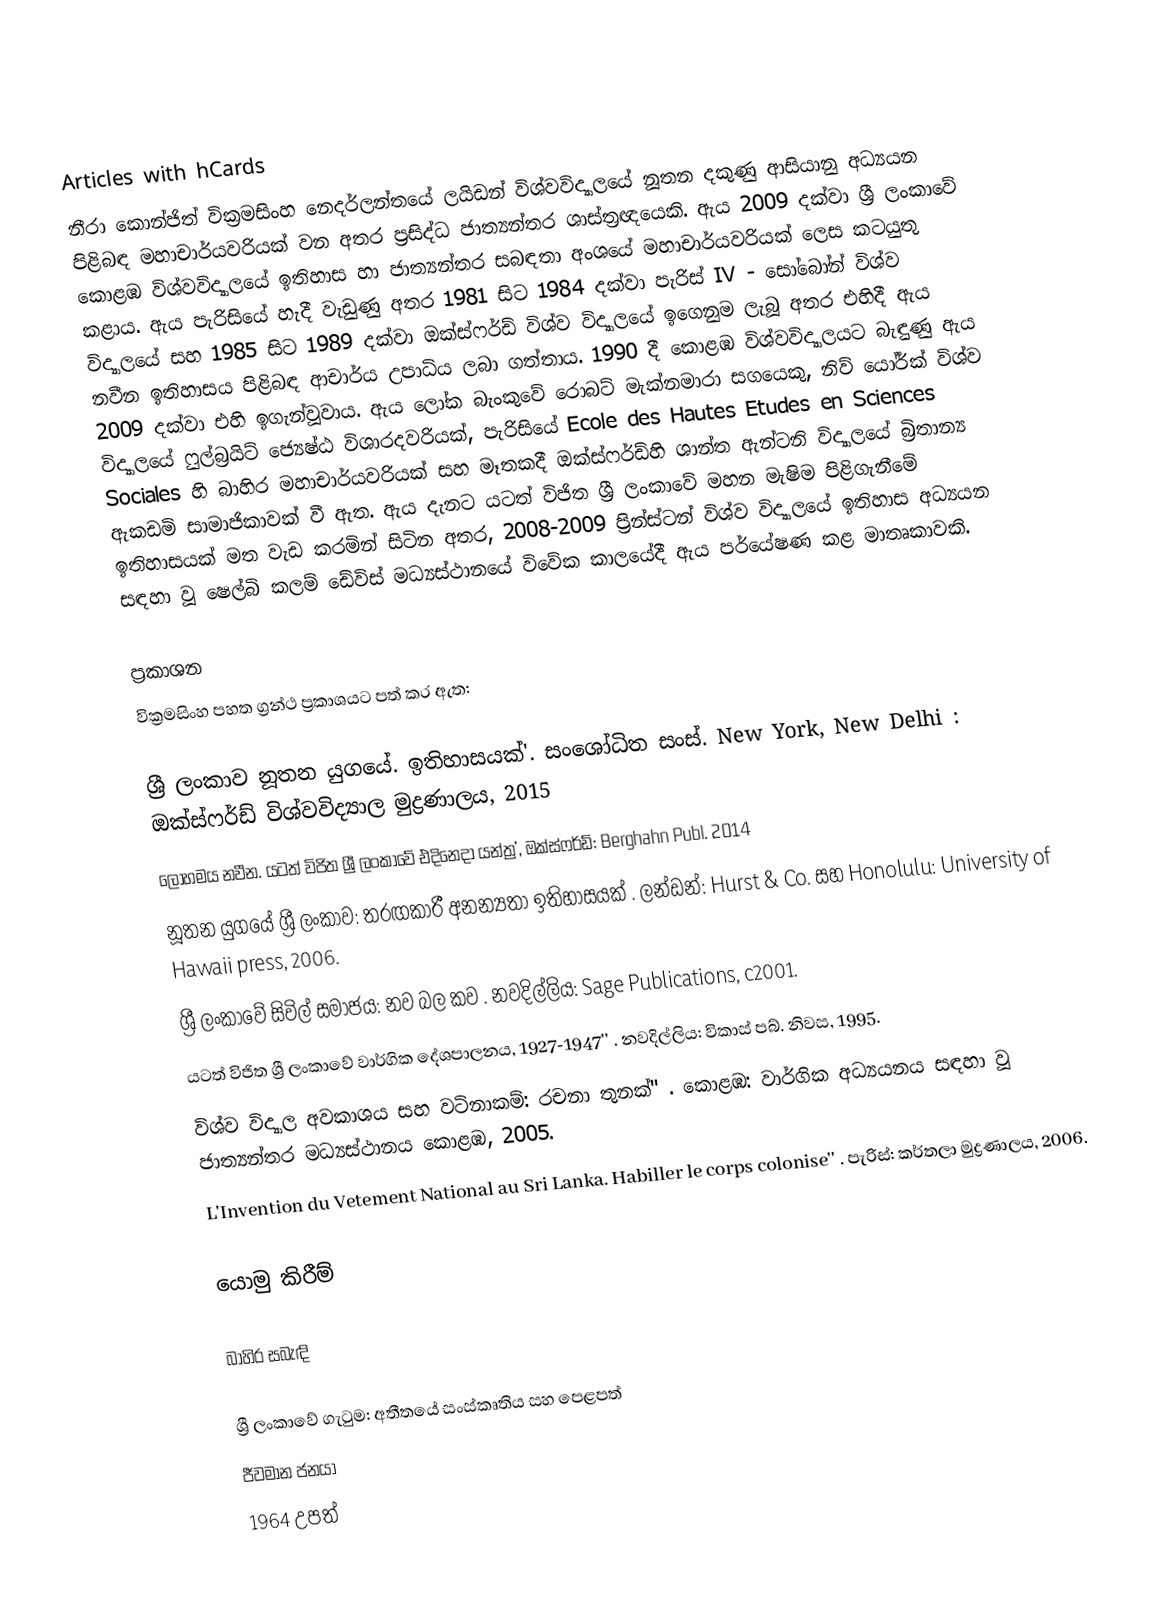
Articles with hCards
නීරා කොන්ජිත් වික්‍රමසිංහ නෙදර්ලන්තයේ ලයිඩන් විශ්වවිද්‍යාලයේ  නූතන දකුණු ආසියානු අධ්‍යයන පිළිබඳ මහාචාර්යවරියක් වන අතර ප්‍රසිද්ධ ජාත්‍යන්තර ශාස්ත්‍රඥයෙකි. ඇය 2009 දක්වා ශ්‍රී ලංකාවේ කොළඹ විශ්වවිද්‍යාලයේ ඉතිහාස හා ජාත්‍යන්තර සබඳතා අංශයේ මහාචාර්යවරියක් ලෙස කටයුතු කළාය. ඇය පැරිසියේ හැදී වැඩුණු අතර 1981 සිට 1984 දක්වා පැරිස් IV - සෝබෝන් විශ්ව විද්‍යාලයේ සහ 1985 සිට 1989 දක්වා ඔක්ස්ෆර්ඩ් විශ්ව විද්‍යාලයේ ඉගෙනුම ලැබූ අතර එහිදී ඇය නවීන ඉතිහාසය පිළිබඳ ආචාර්ය උපාධිය ලබා ගත්තාය.  1990 දී කොළඹ විශ්වවිද්‍යාලයට බැඳුණු ඇය 2009 දක්වා එහි ඉගැන්වූවාය. ඇය ලෝක බැංකුවේ රොබට් මැක්නමාරා සගයෙකු, නිව් යෝර්ක් විශ්ව විද්‍යාලයේ ෆුල්බ්‍රයිට් ජ්‍යෙෂ්ඨ විශාරදවරියක්, පැරිසියේ Ecole des Hautes Etudes en Sciences Sociales හි බාහිර මහාචාර්යවරියක් සහ මෑතකදී ඔක්ස්ෆර්ඩ්හි ශාන්ත ඇන්ටනි විද්‍යාලයේ බ්‍රිතාන්‍ය ඇකඩමි සාමාජිකාවක් වී ඇත. ඇය දැනට යටත් විජිත ශ්‍රී ලංකාවේ මහන මැෂිම පිළිගැනීමේ ඉතිහාසයක් මත වැඩ කරමින් සිටින අතර, 2008-2009 ප්‍රින්ස්ටන් විශ්ව විද්‍යාලයේ ඉතිහාස අධ්‍යයන සඳහා වූ ෂෙල්බි කලම් ඩේවිස් මධ්‍යස්ථානයේ විවේක කාලයේදී ඇය පර්යේෂණ කළ මාතෘකාවකි.

ප්‍රකාශන
වික්‍රමසිංහ පහත ග්‍රන්ථ ප්‍රකාශයට පත් කර ඇත:

 ශ්‍රී ලංකාව නූතන යුගයේ. ඉතිහාසයක්'. සංශෝධිත සංස්. New York, New Delhi : ඔක්ස්ෆර්ඩ් විශ්වවිද්‍යාල මුද්‍රණාලය, 2015
 ලෝහමය නවීන. යටත් විජිත ශ්‍රී ලංකාවේ එදිනෙදා යන්ත්‍ර', ඔක්ස්ෆර්ඩ්: Berghahn Publ. 2014
 නූතන යුගයේ ශ්‍රී ලංකාව: තරඟකාරී අනන්‍යතා ඉතිහාසයක් . ලන්ඩන්: Hurst & Co. සහ Honolulu: University of Hawaii press, 2006.
 ශ්‍රී ලංකාවේ සිවිල් සමාජය: නව බල කව . නවදිල්ලිය: Sage Publications, c2001.
 යටත් විජිත ශ්‍රී ලංකාවේ වාර්ගික දේශපාලනය, 1927-1947'' . නවදිල්ලිය: විකාස් පබ්. නිවස, 1995.
 විශ්ව විද්‍යාල අවකාශය සහ වටිනාකම්: රචනා තුනක්'' . කොළඹ: වාර්ගික අධ්‍යයනය සඳහා වූ ජාත්‍යන්තර මධ්‍යස්ථානය කොළඹ, 2005.
 L'Invention du Vetement National au Sri Lanka. Habiller le corps colonise'' . පැරිස්: කර්තලා මුද්‍රණාලය, 2006.

යොමු කිරීම්

බාහිර සබැඳි

 ශ්‍රී ලංකාවේ ගැටුම: අතීතයේ සංස්කෘතිය සහ පෙළපත්
ජීවමාන ජනයා
1964 උපත්